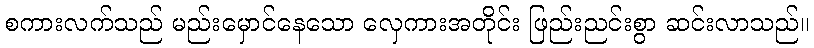
စကားလက်သည် မည်းမှောင်နေသော လှေကားအတိုင်း ဖြည်းညင်းစွာ ဆင်းလာသည်။